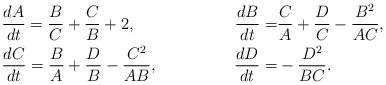
LaTeX: \begin{align*}&\frac{dA}{dt} =\frac{B}{C}+\frac{C}{B}+2, &\frac{dB}{dt} =&\frac{C}{A}+\frac{D}{C}-\frac{B^{2}}{AC}, \\&\frac{dC}{dt} =\frac{B}{A}+\frac{D}{B}-\frac{C^{2}}{AB}, &\frac{dD}{dt} =&-\frac{D^{2}}{BC}.\end{align*}